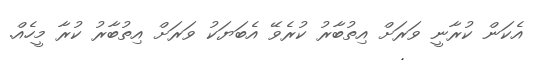
އެކަން ކުރާނީ ވަރަށް އިތުބާރު ކުރެވޭ އެބަޔަކު ވަރަށް އިތުބާރު ކުރާ މީހެއް.